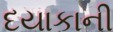
દયાકાની